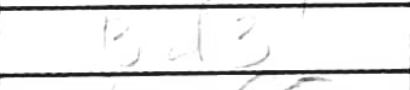
Transcription: Bf3